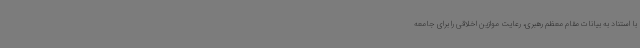
با استناد به بیانات مقام معظم رهبری، رعایت موازین اخلاقی را برای جامعه